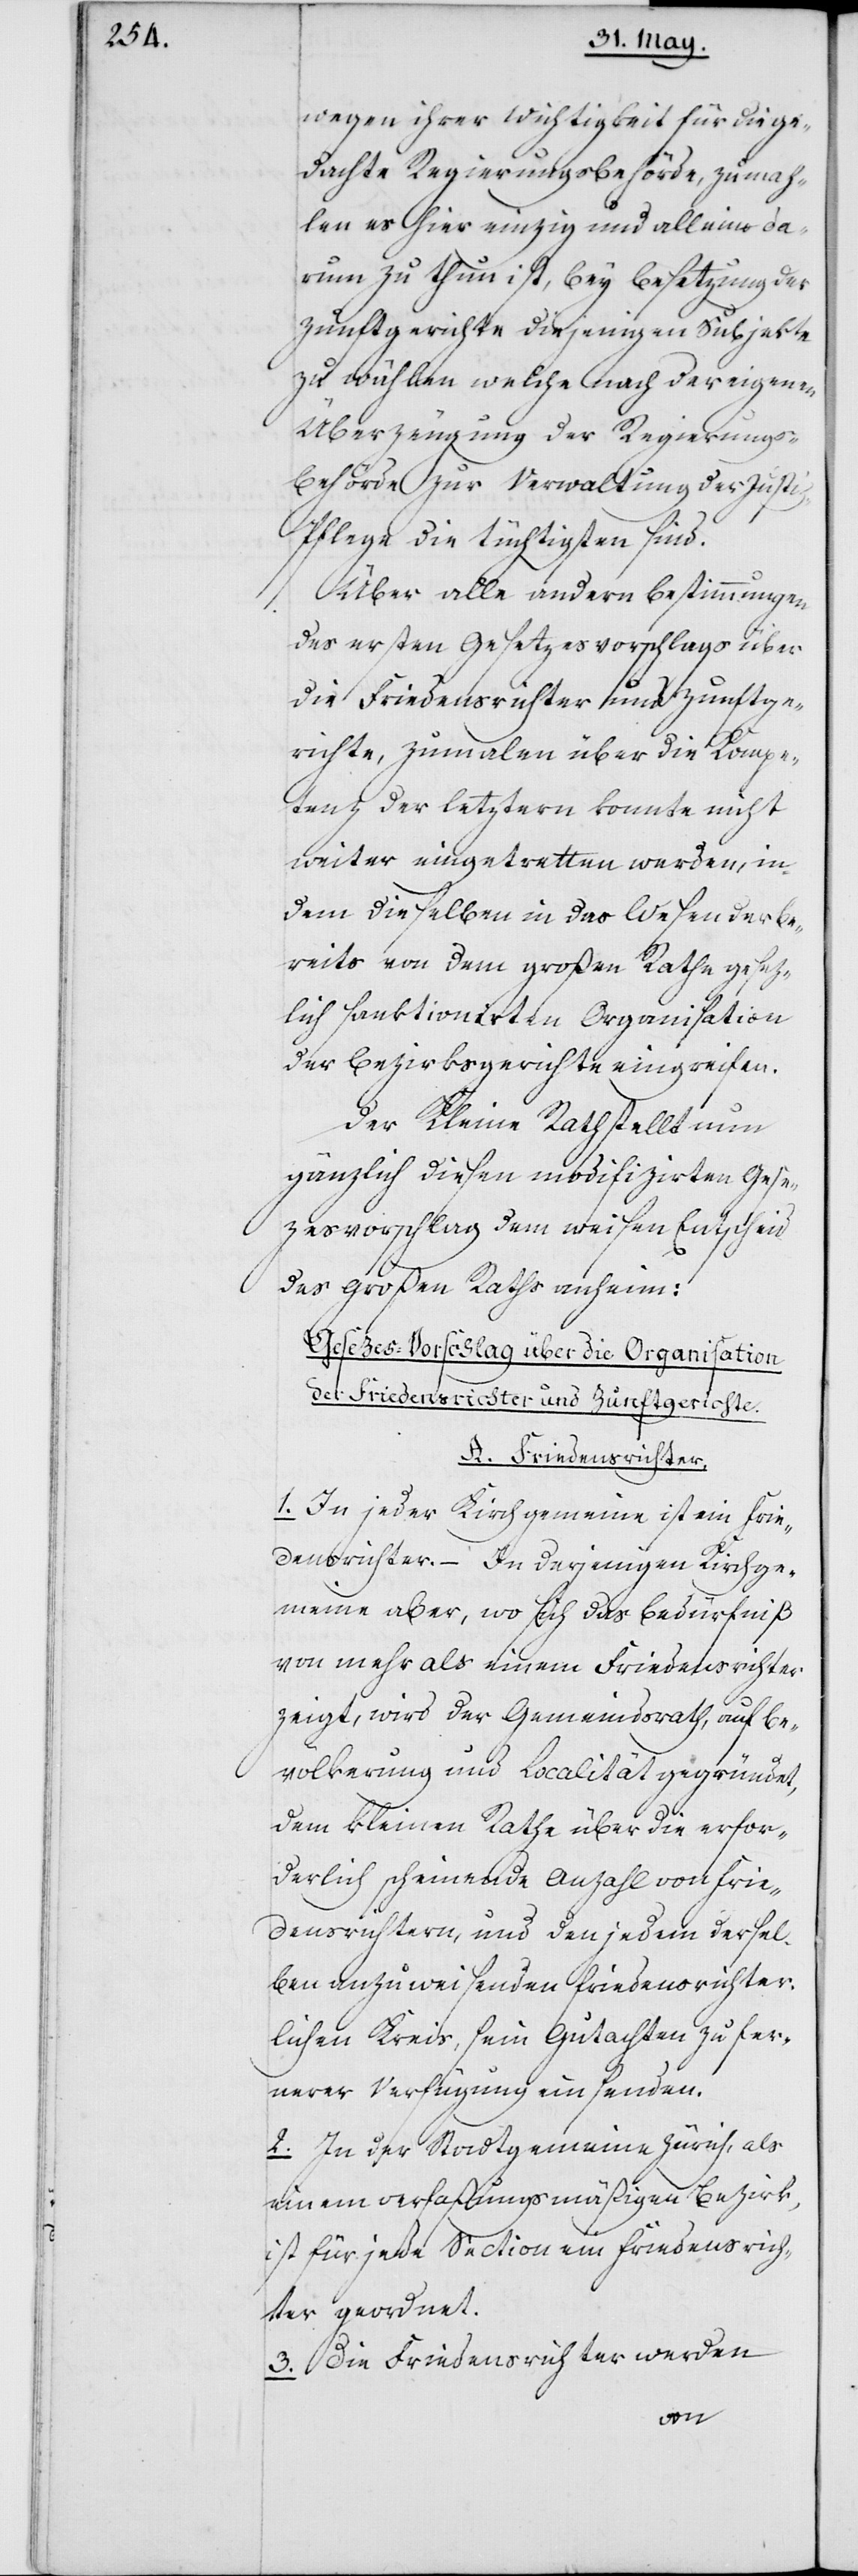
wegen ihrer Wichtigkeit für die ge¬
len es hier einzig und alleine da¬
rum zu thun ist, bey Besetzung der
Zunftgerichte diejenigen Subjekte
zu wählen welche nach der eigenen
Überzeugung der Regierungs¬
behörde zur Verwaltung der Justi¬
z-Pflege die tüchtigsten sind.
Über alle andern Bestimmungen
des ersten Gesetzesvorschlags über
die Friedensrichter und Zunftge¬
richte, zumalen über die Kompe¬
tenz der letztern konnte nicht
weiter eingetretten werden, in¬
dem dieselben in das Wesen des be¬
reits von dem großen Rathe gesez¬
lich sanktionirten Organisation
der Bezirksgerichte eingreifen.
Der Kleine Rath stellt nun
gänzlich diesen modifizirten Gese¬
zesvorschlag dem weisen Entscheid
des Großen Raths anheim:
Gesezes-Vorschlag über die Organisation
der Friedensrichter und Zunftgerichte.
A. Friedensrichter.
1. In jeder Kirchgemeine ist ein Frie¬
densrichter. – In derjenigen Kirchge¬
meine aber, wo sich das Bedürfniß
von mehr als einem Friedensrichter
zeigt, wird der Gemeindsrath, auf Be¬
völkerung und Localität gegründet,
dem kleinen Rathe über die erfor¬
derlich scheinende Anzahl von Frie¬
densrichtern, und den jedem dersel¬
ben anzuweisenden friedensrichter¬
lichen Kreis, sein Gutachten zu fer¬
nerer Verfügung einsenden.
2. In der Stadtgemeine Zürich, als
einem verfaßungsmäßigen Bezirk,
ist für jede Section ein Friedensrich¬
ter geordnet.
3. Die Friedensrichter werden
zumah¬